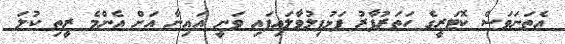
އެތަނަވަސް ކޮޓަރީގެ ހަތަރުފާރު ފަޅުފިލުވާލައިފައި ވަނީ އައިނާ އަށް އެންމެ ރީތި ކުލަ